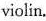
violin.